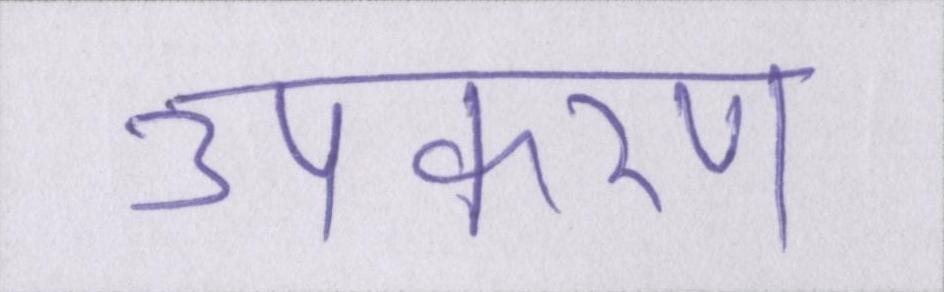
उपकरण